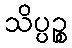
သိပ္ပဉ္စ